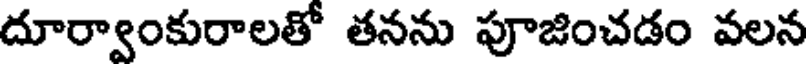
దూర్వాంకురాలతో తనను పూజించడం వలన